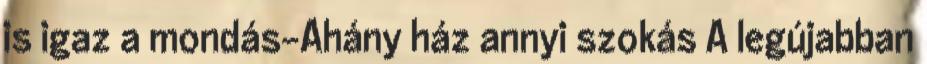
is igaz a mondás-Ahány ház annyi szokás A legújabban